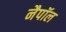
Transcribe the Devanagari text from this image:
नैपॉल